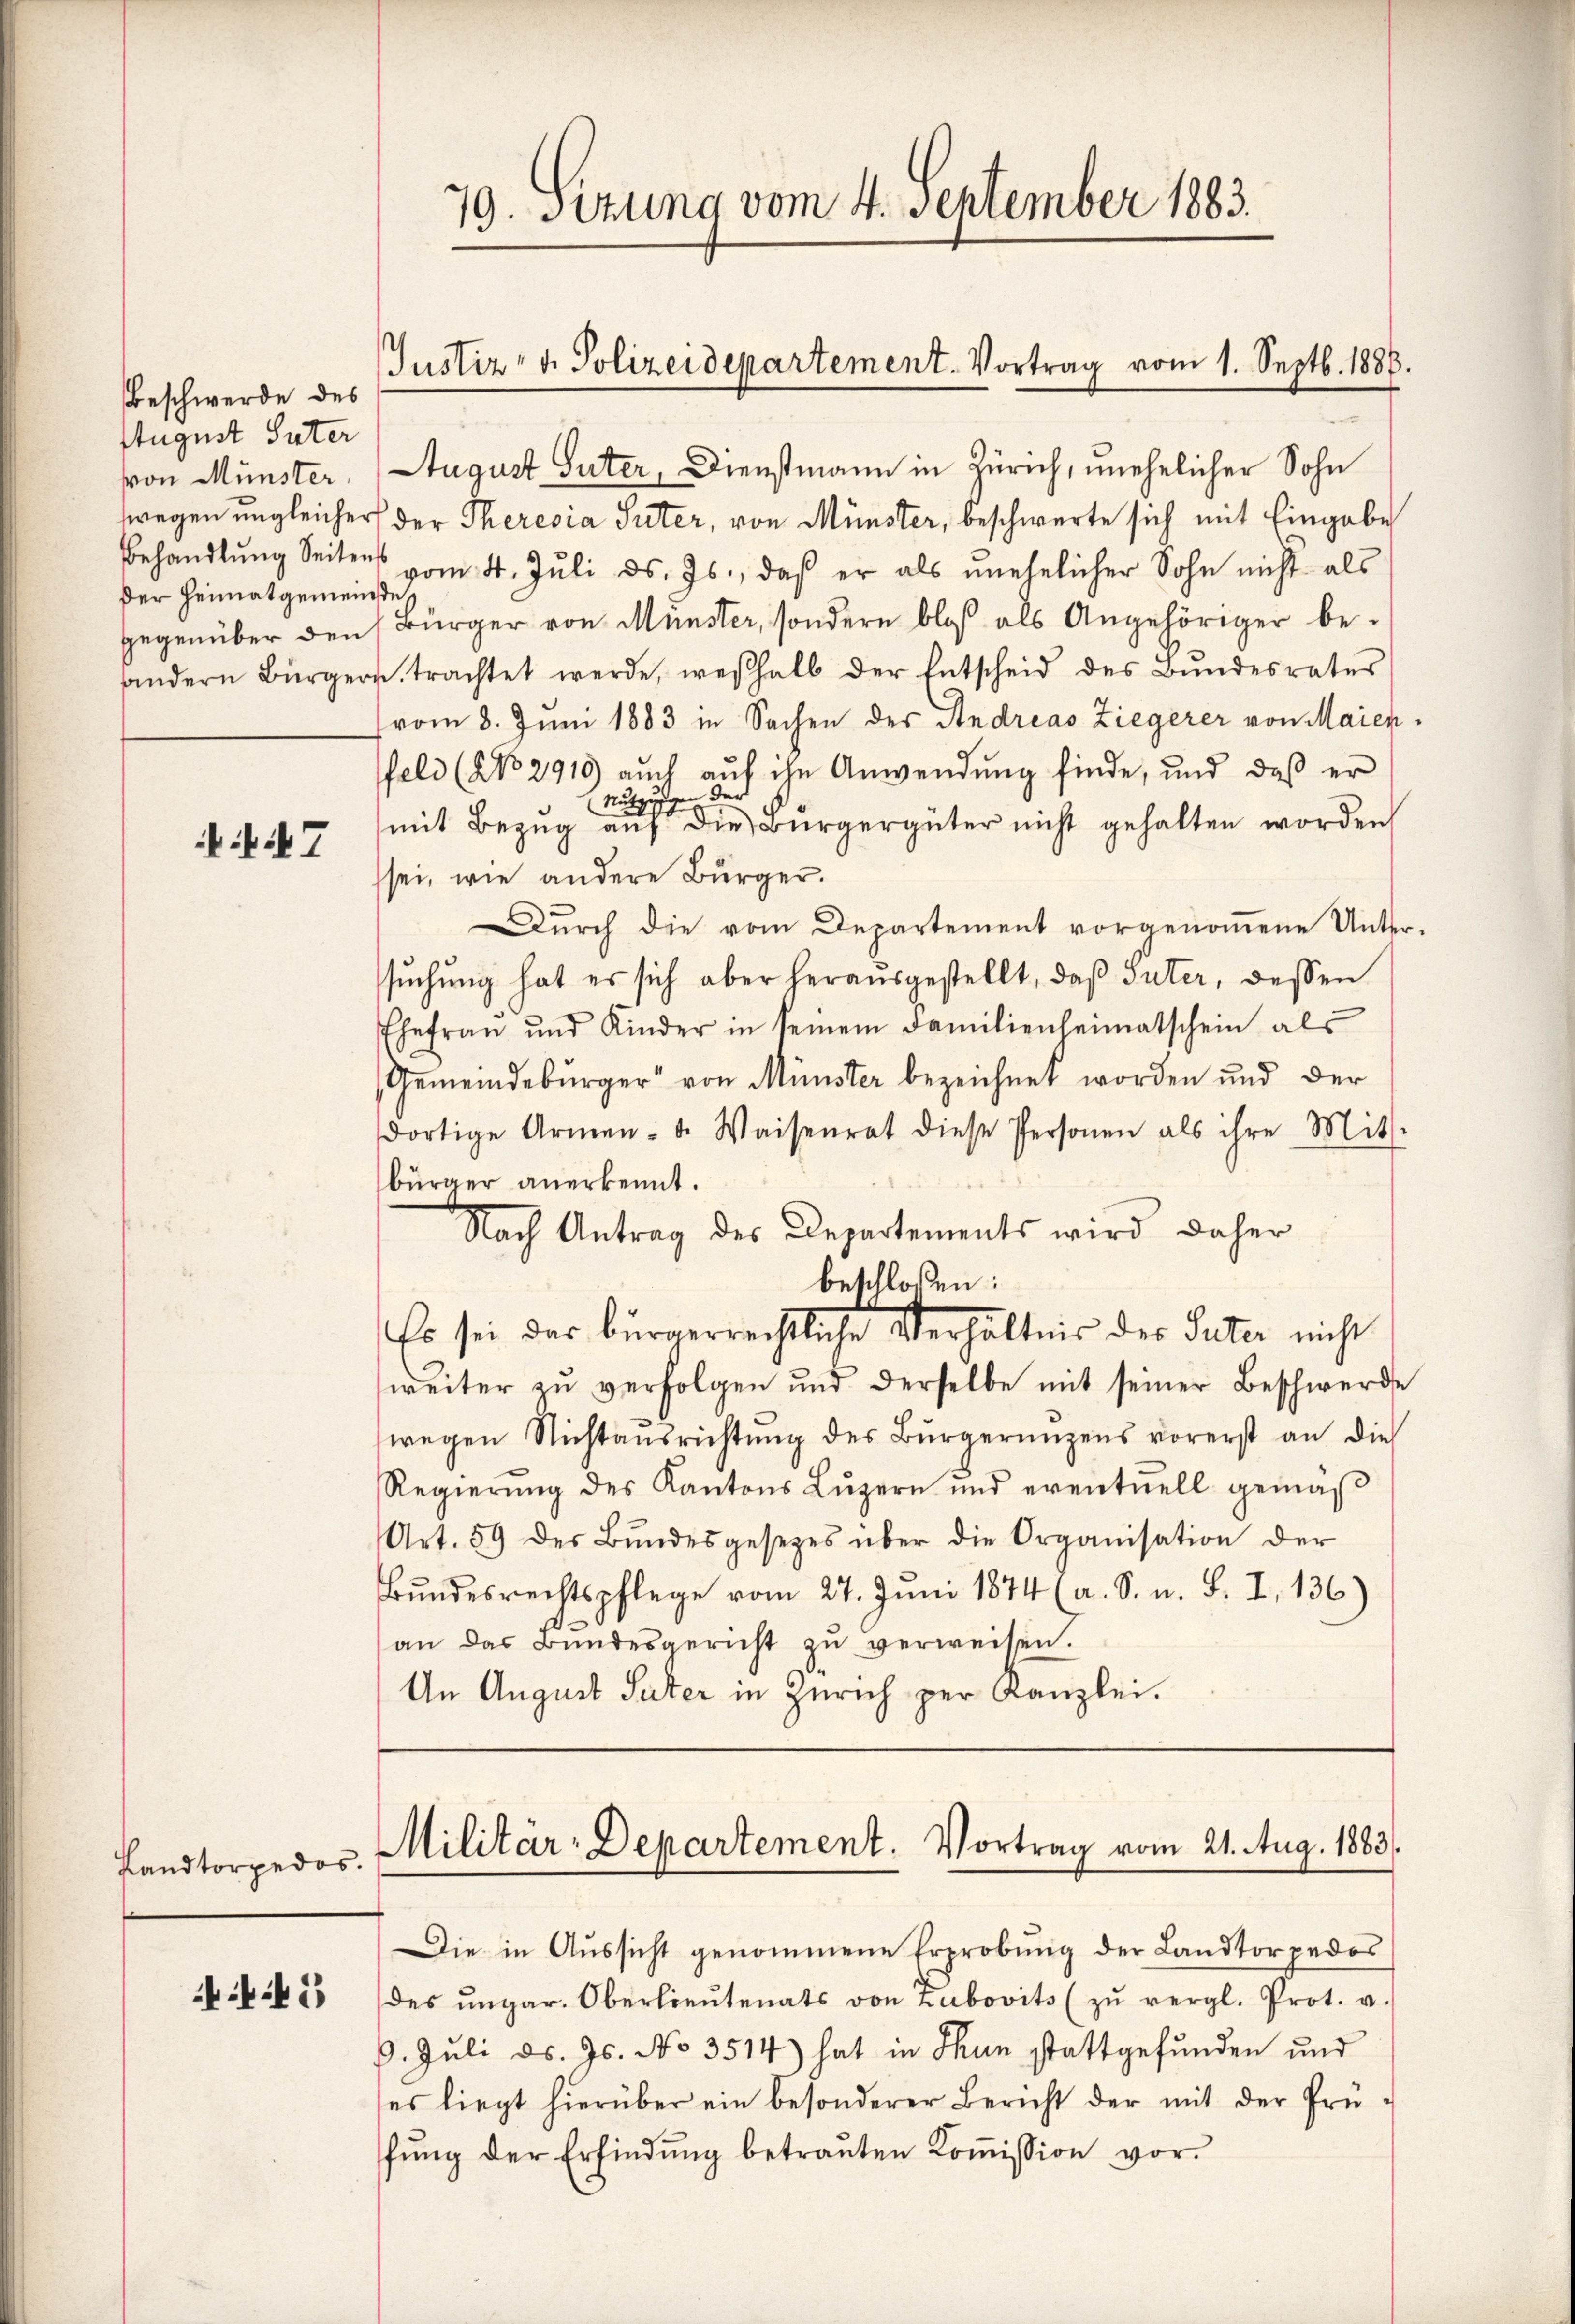
Beschwerde des
August Suter
von Münster.
der Heimatgemeinde,

i7

Landtorpedos.

5

79. Sitzung vom 4. September 1883.

August Guter, Dienstmann in Zürich, unehelicher Sohn
wegen ungleicher der Theresia Suter, von Münster, beschwerte sich mit Eingabe
Behandlŭng Seitens vom 4. Juli d. Js., daß er als unehelicher Sohn nicht als
gegenüber den Bürger von Münster, sondern blos als Angehöriger be-
andern Bürgers, trachtet werde, weshalb der Entscheid des Bŭndesrates
vom 8. Juni 1883 in Sachen der Andreas Ziegerer von Maienfeld (NNo. 2919) auch aŭf ihn Anwendung finde, und daß er
Nutzungen der
mit Bezŭg aŭf die Bürgergüter nicht gehalten worden
sei, wie andere Bürger.
Dŭrch die vom Departement vorgenoṁene Unter-
sŭchŭng hat es sich aber herausgestellt, daß Suter, dessen
Ehefrau und Kinder in seinem Familienheimatschein als
Gemeindebürger von Münster bezeichnet worden und der
dortige Armen- u. Waisenrat diese Personen als ihre Mit-
bürger anerkennt.
Nach Antrag des Departements wird daher
beschloßen:
Es sei das bürgerrechtliche Verhältnis der Suter nicht
weiter zŭ verfolgen und derselbe mit seiner Beschwerde
wegen Nichtaŭsrichtŭng des Bürgerungens vorerst an die
Regierŭng des Kantons Lŭzern und eventuell gemäβ
Art. 59 des Bŭndesgesetzes über die Organisation der
Bŭndesrechtspflege vom 27. Jŭni 1874 (a. S. u. S. I, 136)
an das Bundesgericht zŭ verweisen.
An August Suter in Zürich per Kanzlei.

Justiz- u. Polizeidepartement. Vortrag vom 1. Septb. 1888.

Militär-Departement. Vortrag vom 21. Aug. 1883.

Die in Aussicht genommene Erprobung der Landtorpedos
des ungar. Oberlieŭtenats von Zubovits (zŭ vergl. Prot. v.
6. Juli d. Js. No 3514) hat in Thun stattgefunden und
ses liegt hierüber ein besonderer Bericht der mit der Prü-
fŭng der Erfindung betraŭten Koṁission vor.